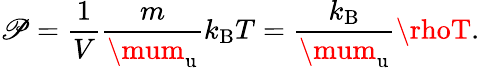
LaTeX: \mathscr{P}={\frac{{1}}{{V}}}{\frac{{m}}{{\mum_{\mathrm{{u}}}}}}k_{\mathrm{{B}}}T={\frac{{k_{\mathrm{{B}}}}}{{\mum_{\mathrm{{u}}}}}}\rhoT.